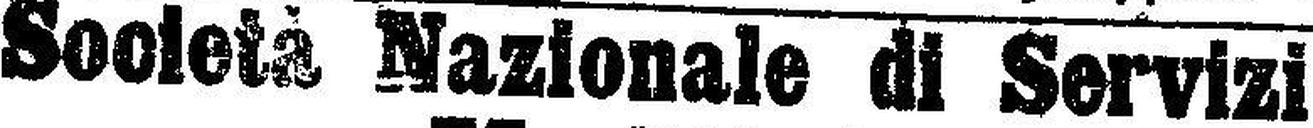
Societa Nazionale di Servizi